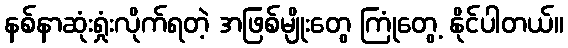
နစ်နာဆုံးရှုံးလိုက်ရတဲ့ အဖြစ်မျိုးတွေ ကြုံတွေ့ နိုင်ပါတယ်။